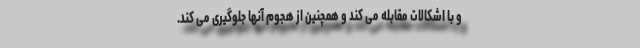
و با اشکالات مقابله می کند و همچنین از هجوم آنها جلوگیری می کند.